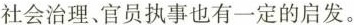
社会治理、官员执事也有一定的启发。